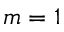
m = 1